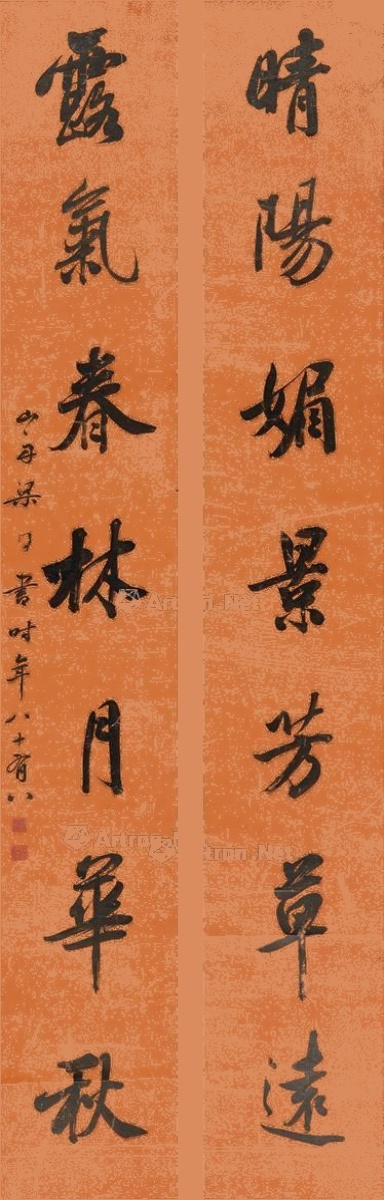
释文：晴阳媚景芳草远，露气春林月华秋。山舟梁同书，时年八十有八。